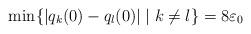
LaTeX: \begin{align*}\min \{|q_k(0)-q_l(0)| \; | \; k\neq l\} = 8\varepsilon_0\end{align*}